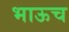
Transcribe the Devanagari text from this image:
भाऊच